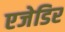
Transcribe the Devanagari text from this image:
एजेडिर